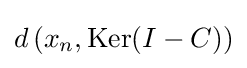
{\textstyle d\left(x_{n},\operatorname {Ker} (I-C)\right)}